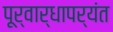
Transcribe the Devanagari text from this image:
पूर्वार्धापर्यंत